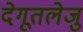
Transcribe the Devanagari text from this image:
देगूतलेजु